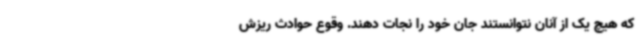
که هیچ یک از آنان نتوانستند جان خود را نجات دهند. وقوع حوادث ریزش